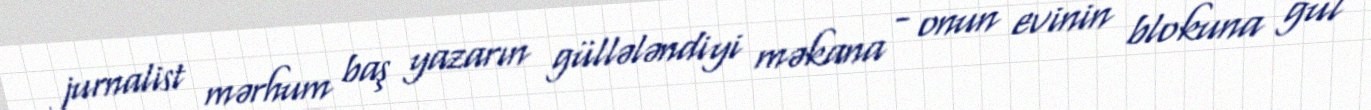
jurnalist mərhum baş yazarın güllələndiyi məkana - onun evinin blokuna gül